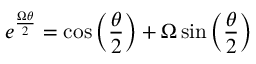
e ^ { \frac { \Omega \theta } { 2 } } = \cos \left( { \frac { \theta } { 2 } } \right) + \Omega \sin \left( { \frac { \theta } { 2 } } \right)